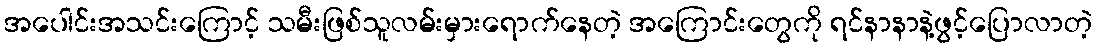
အပေါင်းအသင်းကြောင့် သမီးဖြစ်သူလမ်းမှားရောက်နေတဲ့ အကြောင်းတွေကို ရင်နာနာနဲ့ဖွင့်ပြောလာတဲ့